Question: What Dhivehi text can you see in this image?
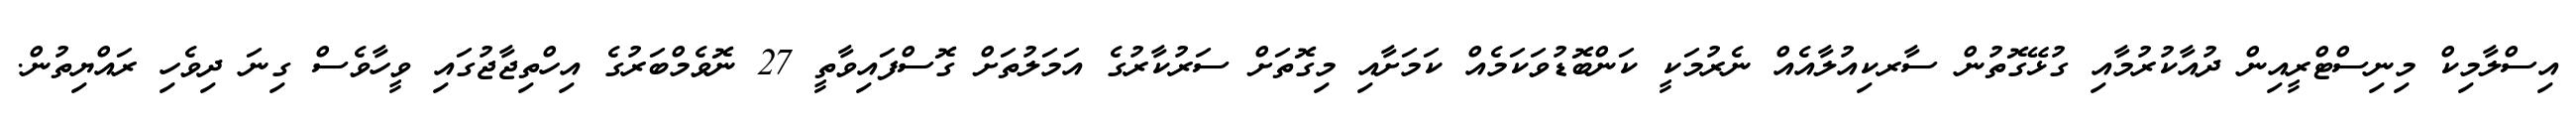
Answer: އިސްލާމިކް މިނިސްޓްރީއިން ދުއާކުރުމާއި ގުޅޭގޮތުން ސާރކިއުލާއެއް ނެރުމަކީ ކަންބޮޑުވަކަމެއް ކަމަށާއި މިގޮތަށް ސަރުކާރުގެ އަމަލުތަށް ގޮސްފައިވާތީ 27 ނޮވެމްބަރުގެ އިހްތިޖާޖުގައި ވީހާވެސް ގިނަ ދިވެހި ރައްޔިތުން.